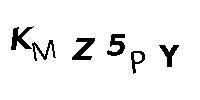
KMZ5PY